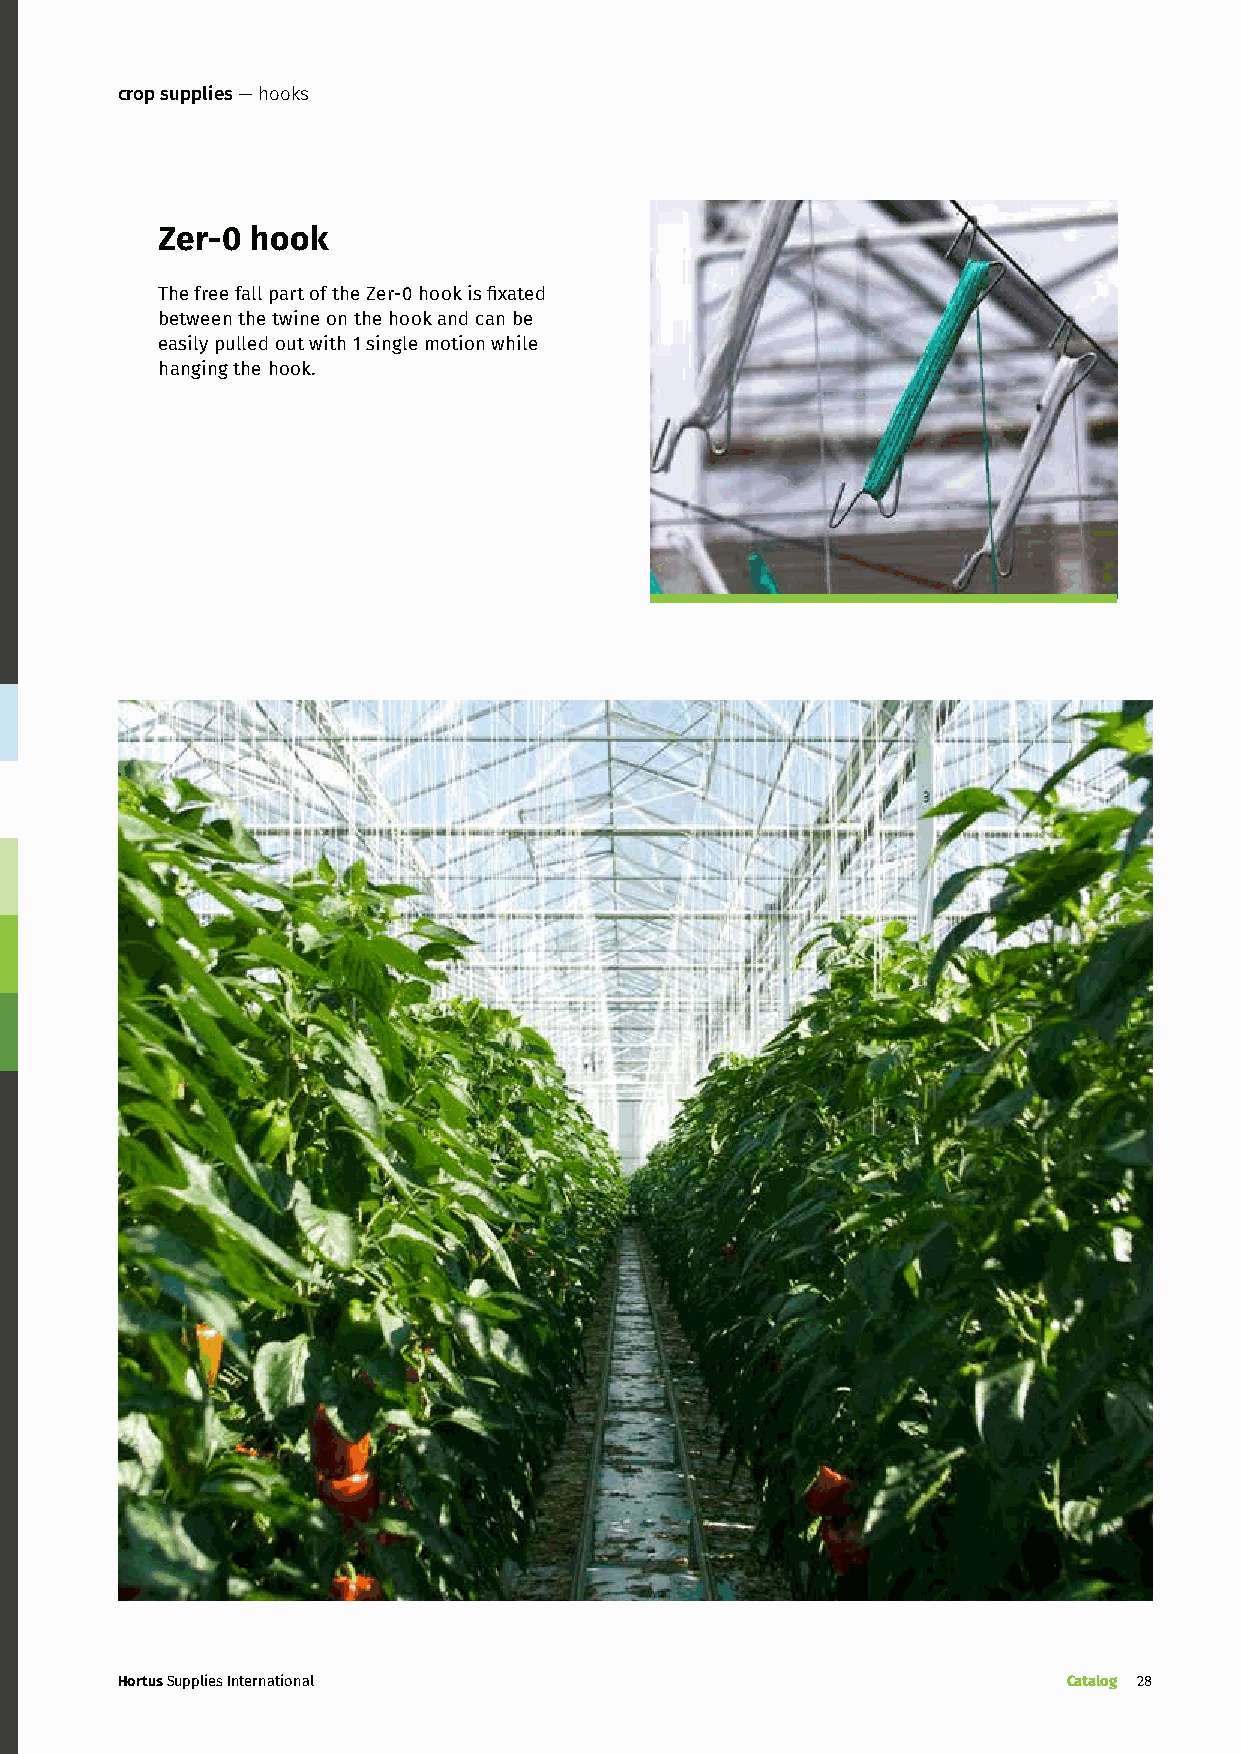
crop supplies — hooks
 Zer-0  hook
 The free fall part of the Zer-0 hook is fixated
 between the twine on the hook and can be
 easily pulled out with 1 single motion while
 hanging the hook.
 Hortus Supplies International                                  Catalog 28